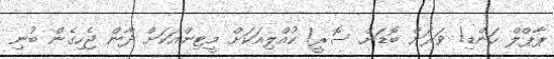
ޕާޕްލް ހަންޑި! ވަރަށް ބޮޑަށް ސޮރީ! ކުއްލިއަކަށް މީޓިންއަކަށް ދާން ޖެހިގެން ބުނި